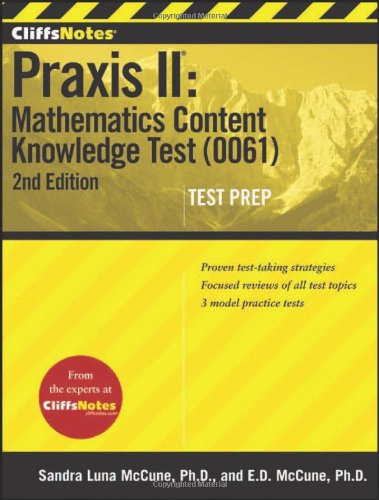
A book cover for CliffsNotes Praxis II: Mathematics Content Knowledge Test (0061), Second Edition; Sandra Luna McCune; Test Preparation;